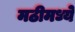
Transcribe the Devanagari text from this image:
मठीमध्ये